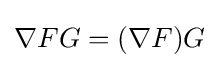
\nabla FG=(\nabla F)G